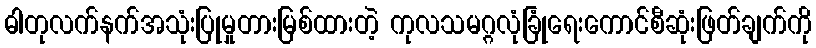
ဓါတုလက်နက်အသုံးပြုမှုတားမြစ်ထားတဲ့ ကုလသမဂ္ဂလုံခြုံရေးကောင်စီဆုံးဖြတ်ချက်ကို